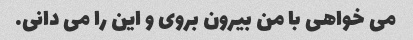
می خواهی با من بیرون بروی و این را می دانی.